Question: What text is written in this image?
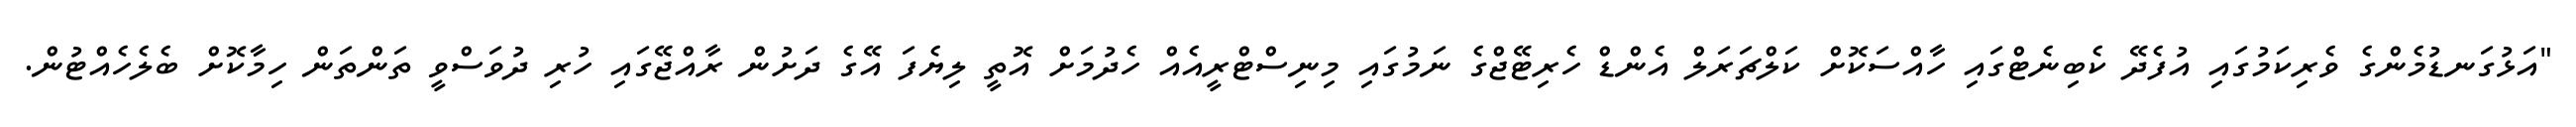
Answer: "އަޅުގަނޑުމެންގެ ވެރިކަމުގައި އުފެދޭ ކެބިނެޓްގައި ހާއްސަކޮށް ކަލްޗަރަލް އެންޑް ހެރިޓޭޖްގެ ނަމުގައި މިނިސްޓްރީއެއް ހެދުމަށް އޮތީ ލިޔެފަ އޭގެ ދަށުން ރާއްޖޭގައި ހުރި ދުވަސްވީ ތަންތަން ހިމާކޮށް ބެލެހެއްޓުން.